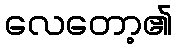
လေတော့၏